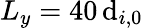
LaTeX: {L_{y}=40\, \mathrm{d}_{i,0}}